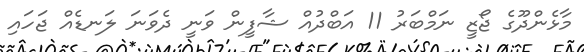
މާޅެންދޫގެ ޖޯޒީ ނަމްބަރު 11 އަބްދުއް ޝާފީން ވަނީ ދެވަނަ ލަނޑެއް ޖަހައި